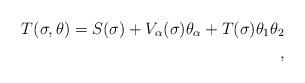
LaTeX: \begin{align*}T(\sigma, \theta) = S(\sigma) + V_\alpha (\sigma) \theta_\alpha + T(\sigma) \theta_1 \theta_2\\,\end{align*}